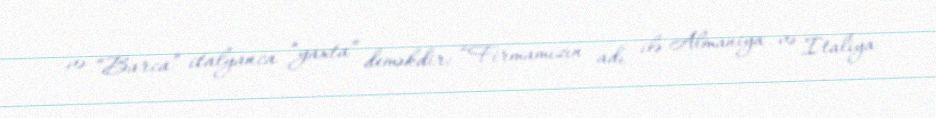
və “Barca” italyanca “yaxta” deməkdir: “Firmamızın adı ilə Almaniya və İtaliya